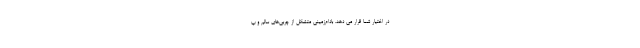
در اختیار شما قرار می دهد. بادام‌زمینی متشکل از چربی‌های سالم و پ